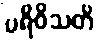
ပရိဝိသတိ